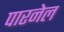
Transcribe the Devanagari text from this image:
पारनेल